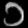
Digit: ၁